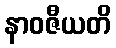
နာဝဇီယတိ